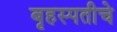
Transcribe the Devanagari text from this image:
बृहस्पतीचे